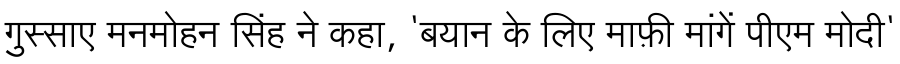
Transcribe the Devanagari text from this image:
गुस्साए मनमोहन सिंह ने कहा, 'बयान के लिए माफ़ी मांगें पीएम मोदी'